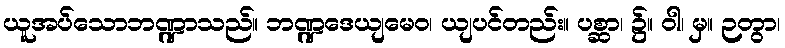
ယူအပ်သောဘဏ္ဍာသည်။ ဘဏ္ဍဒေယျမေဝ၊ ယျပင်တည်း။ ပစ္ဆာ၊ ၌။ ဝါ၊ မှ။ ဉတွာ၊